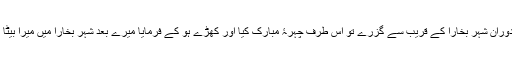
حضور غوثِ پاک رضی اللہ عنہ ایک سفر کے دوران شہر بخارا کے قریب سے گزرے تو اِس طرف چہرۂ مبارک کیا اور کھڑے ہو کے فرمایا میرے بعد شہر بخارا میں میرا بیٹا بہاء الدین پیدا ہو گا جو میرے فیض کا امین ہوگا۔